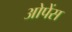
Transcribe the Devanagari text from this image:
ओपेंस